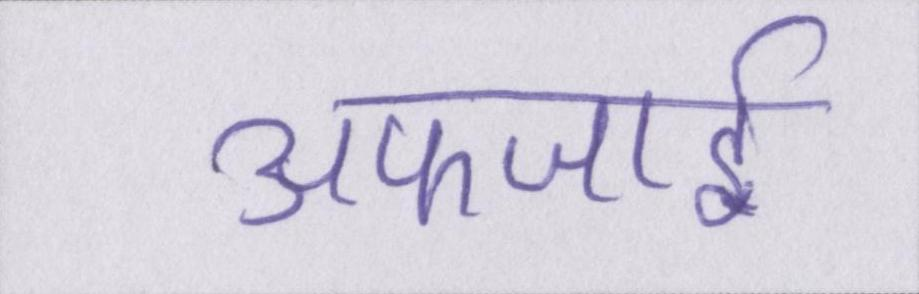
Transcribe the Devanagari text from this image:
अफजाई